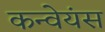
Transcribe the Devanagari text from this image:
कन्वेयंस